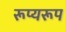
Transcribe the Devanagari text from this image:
रूप्यरूप